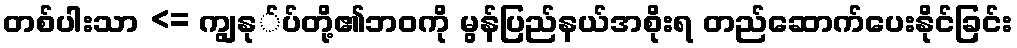
တစ်ပါးသာ <= ကျွနု်ပ်တို့၏ဘဝကို မွန်ပြည်နယ်အစိုးရ တည်ဆောက်ပေးနိုင်ခြင်း